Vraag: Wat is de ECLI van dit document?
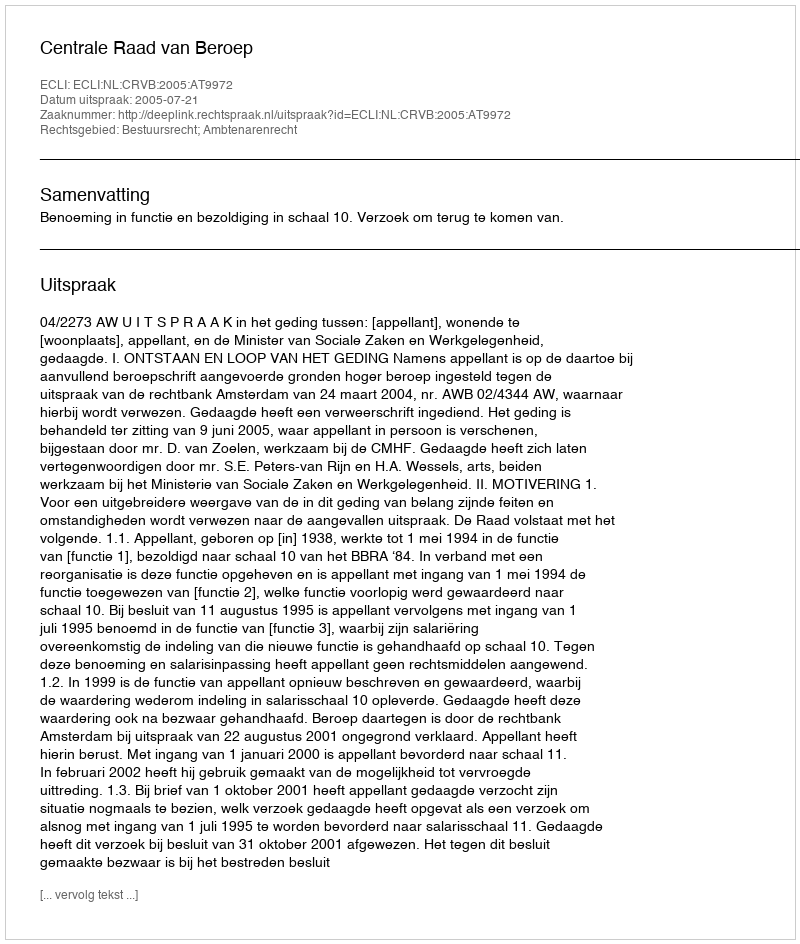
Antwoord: ECLI:NL:CRVB:2005:AT9972